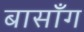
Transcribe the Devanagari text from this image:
बासाँग